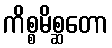
ကိစ္စမိစ္ဆတော